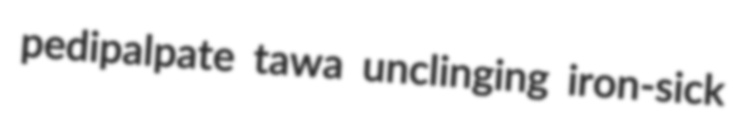
pedipalpate tawa unclinging iron-sick